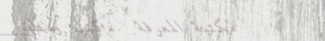
مكتبة المعرفة   كتب ومطبو